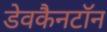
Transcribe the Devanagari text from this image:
डेवकैनटॉन